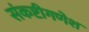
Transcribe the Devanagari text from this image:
संकष्टीगणेश